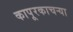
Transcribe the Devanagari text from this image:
कापूरकाचऱ्या